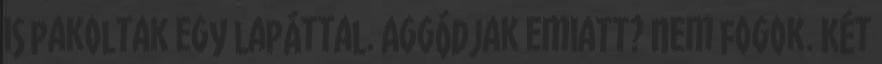
is pakoltak egy lapáttal. Aggódjak emiatt? Nem fogok. Két